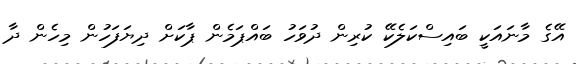
އޭގެ މާނައަކީ ބައިސްކަލެކޭ ކުރިން ދުވަހު ބައްޕަމެން ޕާކަށް ދިޔަފަހުން މިހެން ދާ